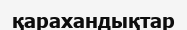
қарахандықтар